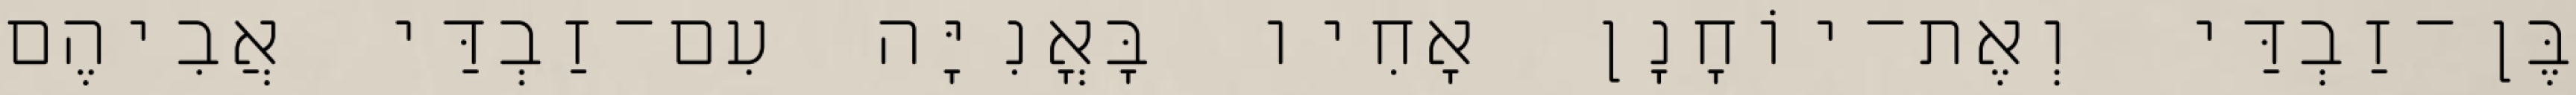
בֶּן־זַבְדַּי וְאֶת־יוֹחָנָן אָחִיו בָּאֳנִיָּה עִם־זַבְדַּי אֲבִיהֶם